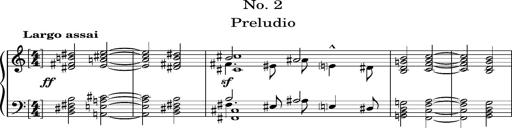
Title: 2 Album-Leaves, S.163f
Composer: Franz Liszt
Key: No.1: C major
 No.2: C major